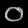
Digit: ၀